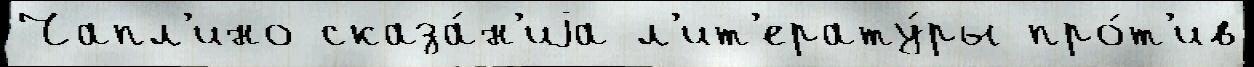
Чапл'ино сказа́н'иjа л'ит'ерату́ры про́т'ив